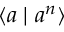
\langle a \mid a ^ { n } \rangle